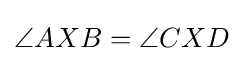
\angle AXB=\angle CXD